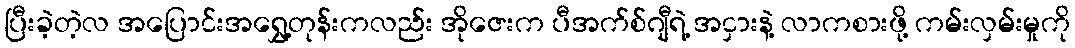
ပြီးခဲ့တဲ့လ အပြောင်းအရွှေ့တုန်းကလည်း အိုဇေးက ပီအက်စ်ဂျီရဲ့ အငှားနဲ့ လာကစားဖို့ ကမ်းလှမ်းမှုကို